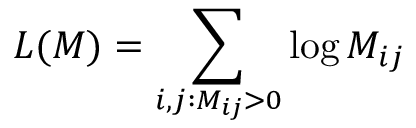
L ( M ) = \sum _ { i , j : M _ { i j } > 0 } \log M _ { i j }